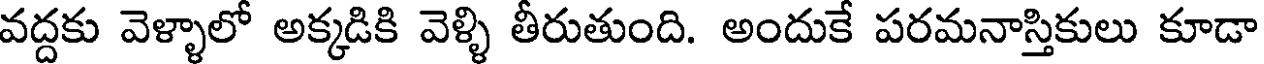
వద్దకు వెళ్ళాలో అక్కడికి వెళ్ళి తీరుతుంది. అందుకే పరమనాస్తికులు కూడా